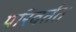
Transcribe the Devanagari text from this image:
परिवर्तत